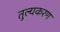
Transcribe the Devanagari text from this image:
तुल्यकरण